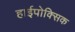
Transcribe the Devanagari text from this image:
हाईपोक्सिक